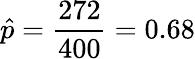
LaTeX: {\hat{p}}={\frac{272}{400}}=0.68